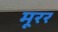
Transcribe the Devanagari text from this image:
मूरर